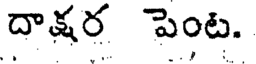
దాక్షర పెంట.